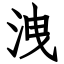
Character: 洩